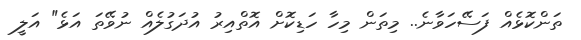
ތަންކޮޅެއް ފަސޭހަވާނެ.. މިތަން މިހާ ހަޑިކޮށް އޮތްއިރު އުދަގުލެއް ނުވޭތަ އަޅެ" އަލީ